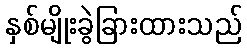
နှစ်မျိုးခွဲခြားထားသည်